system: You are a helpful assistant.
user:
Analyze the provided spectrum to determine if it is a **M-type Giant (gM)**.

A M-type Giant spectrum is defined by its **strong molecular absorption** features, particularly from **Titanium Oxide (TiO)**. You must check for one of the following mutually exclusive signatures:

- **Key Visual Indicators (Absorption-Dominated Spectrum):**

    - **(Primary):** The spectrum is dominated by strong molecular absorption from **Titanium Oxide (TiO)**. This is the **defining feature** of its M-type temperature class.
        - **(Key Bandheads):** Look for sharp, "saw-tooth" absorption valleys. The strongest are located near **~7050 Å**, **~6160 Å**, and **~5170 Å**.
        - **(Line Profile):** The "saw-tooth" morphology is critical: a **sharp, steep drop on the BLUE (short-wavelength) side** of the bandhead, followed by a gradual recovery (rising flux) towards the RED (long-wavelength) side.

    - **(Key Confirmation - Giant vs. Dwarf):** **ABSENCE** of strong **Calcium Hydride (CaH)** molecular bands. This is the primary diagnostic for *excluding* M-dwarfs.
        - **(Key Region):** The spectrum should lack the strong, broad absorption band seen in dwarfs between **~6800 Å and ~7000 Å**.

    - **(Secondary Confirmation - Giant):** A very strong and broad **Neutral Calcium (Ca I)** atomic absorption line.
        - **(Key Line):** Located at **~4226 Å**. In a giant (gM), this line is significantly deeper and broader than the same line in an M-dwarf (dM) due to low surface gravity.

    - **(Overall Spectrum):**
        - The continuum is **extremely red-sloping** (i.e., flux is very low in the blue and rises dramatically towards the red).
        - The entire spectrum appears "chopped up" by the deep TiO bands.

Think first, call **spectral_visualization_tool** if needed to examine features in detail, then provide your final answer. Your response must adhere to the following strict rules:
1.  **Overall Structure:** Your response must follow the format `<think>...</think> <tool_call>...</tool_call> (if a tool is used) <answer>...</answer>`.
2.  **Tool Usage Constraint:** You may only make **one** tool call per turn.
3.  **Final Answer Format:** In the `<answer>` tag, your conclusion must be inside a `\boxed{}` command (e.g., `\boxed{YES}` or `\boxed{NO}`), followed by your justification.

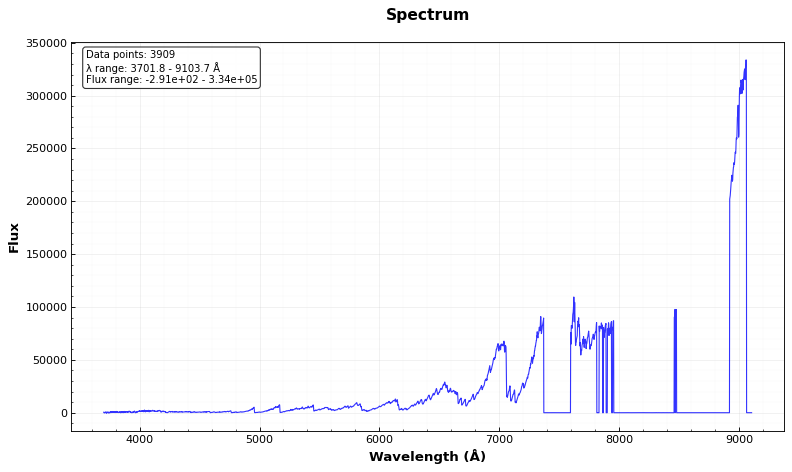
Answer: YES